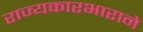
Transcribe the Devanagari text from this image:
राज्यकारभाराने